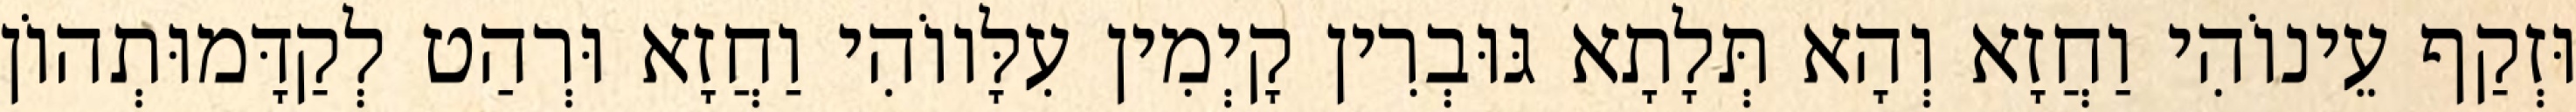
וּזְקַף עֵינוֹהִי וַחֲזָא וְהָא תְּלָתָא גּוּבְרִין קָיְמִין עִלָּווֹהִי וַחֲזָא וּרְהַט לְקַדָּמוּתְהוֹן